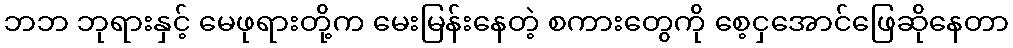
ဘဘ ဘုရားနှင့် မေဖုရားတို့က မေးမြန်းနေတဲ့ စကားတွေကို စေ့ငှအောင်ဖြေဆိုနေတာ